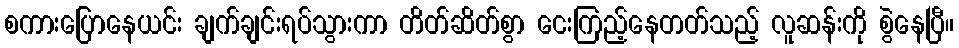
စကားပြောနေယင်း ချက်ချင်းရပ်သွားကာ တိတ်ဆိတ်စွာ ငေးကြည့်နေတတ်သည့် လူဆန်းကို စွဲနေပြီ။